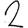
Digit: 2